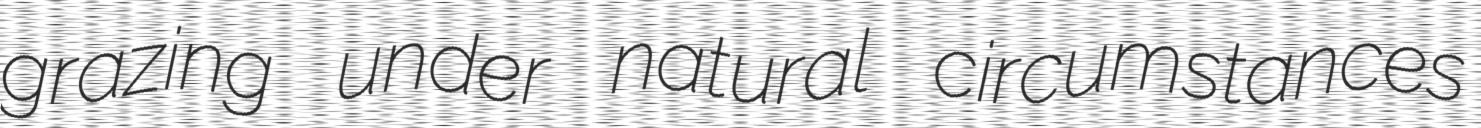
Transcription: grazing under natural circumstances